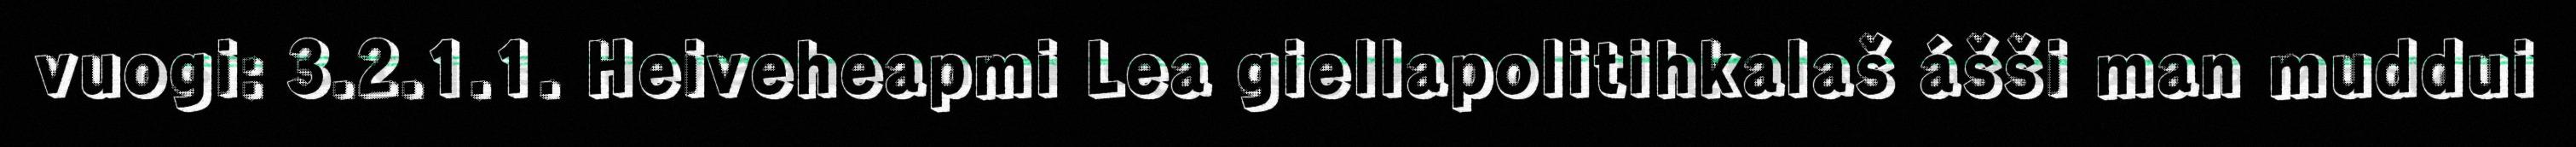
vuogi: 3.2.1.1. Heiveheapmi Lea giellapolitihkalaš ášši man muddui